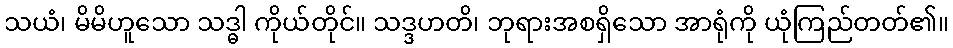
သယံ၊ မိမိဟူသော သဒ္ဓါ ကိုယ်တိုင်။ သဒ္ဒဟတိ၊ ဘုရားအစရှိသော အာရုံကို ယုံကြည်တတ်၏။